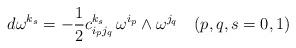
LaTeX: \begin{align*}d\omega^{k_{ s}}= -\frac{1}{2} c_{i_{ p}j_{ q}}^{k_{ s}} \,\omega^{i_{ p}} \wedge \omega^{j_{ q}} \quad (p,q,s=0,1)\end{align*}